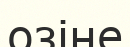
озіне